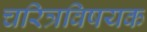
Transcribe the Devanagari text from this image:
चरित्रविषयक